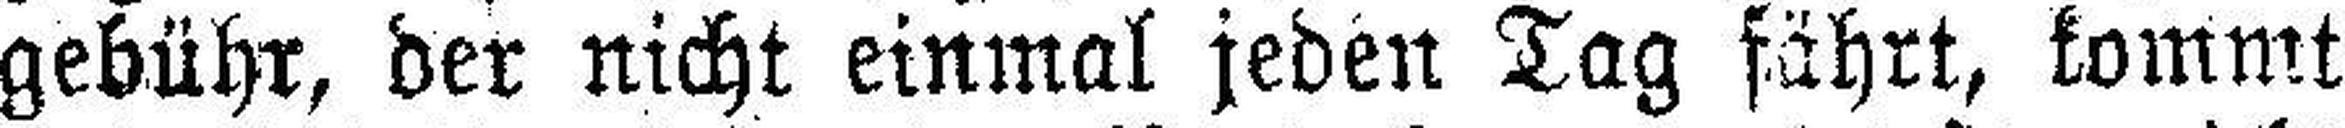
gebühr, der nicht einmal jeden Tag fährt, kommt